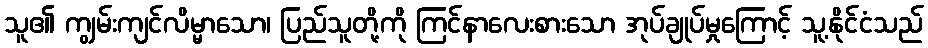
သူ၏ ကျွမ်းကျင်လိမ္မာသော၊ ပြည်သူတို့ကို ကြင်နာလေးစားသော အုပ်ချုပ်မှုကြောင့် သူ့နိုင်ငံသည်